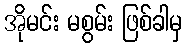
အိုမင်း မစွမ်း ဖြစ်ခါမှ